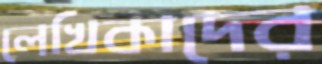
লেখিকাদের